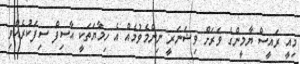
މިއީ ރައީސް ޔާމީންގެ ވަރަށް ވިޝަނަރީ ނިންމެވުމެއް އެ ހިމާޔަތަކީ އާސިފް ސިފަކުރެއްވި